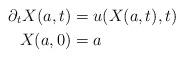
LaTeX: \begin{align*}\partial_t X(a,t) &= u(X(a,t),t) \\ X(a,0) &= a \end{align*}